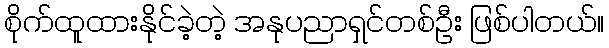
စိုက်ထူထားနိုင်ခဲ့တဲ့ အနုပညာရှင်တစ်ဦး ဖြစ်ပါတယ်။